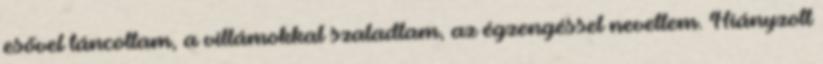
esővel táncoltam, a villámokkal szaladtam, az égzengéssel nevettem. Hiányzott